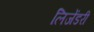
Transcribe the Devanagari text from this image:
लिजेंडरी